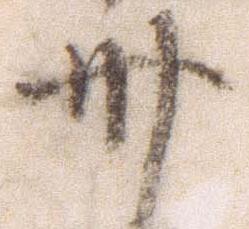
卅